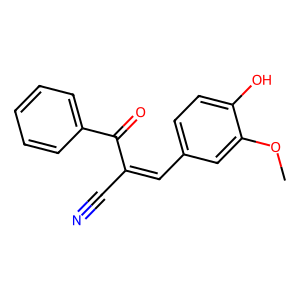
SMILES: COc1cc(C=C(C#N)C(=O)c2ccccc2)ccc1O
Inhibits HIV replication: No